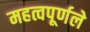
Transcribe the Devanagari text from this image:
महत्वपूर्णले